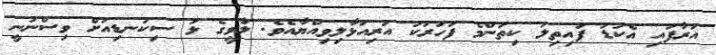
އަރާފައި އެކުޑަ ފައިތިލަ ކިތަންމެ ފަހަރަކު އަރިއަޅާލިވިއްޔާއެވެ. ލާވީގެ ޅަ ސިކުނޑިއަށް ވިސްނުނީ